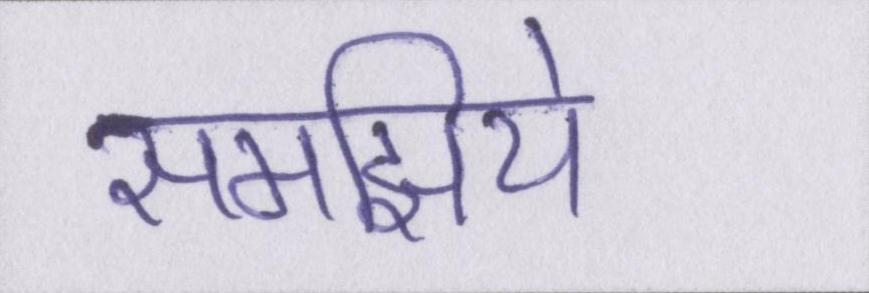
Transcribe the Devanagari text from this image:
समझिये